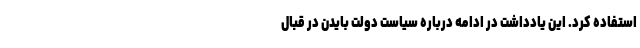
استفاده کرد. این یادداشت در ادامه درباره سیاست دولت بایدن در قبال